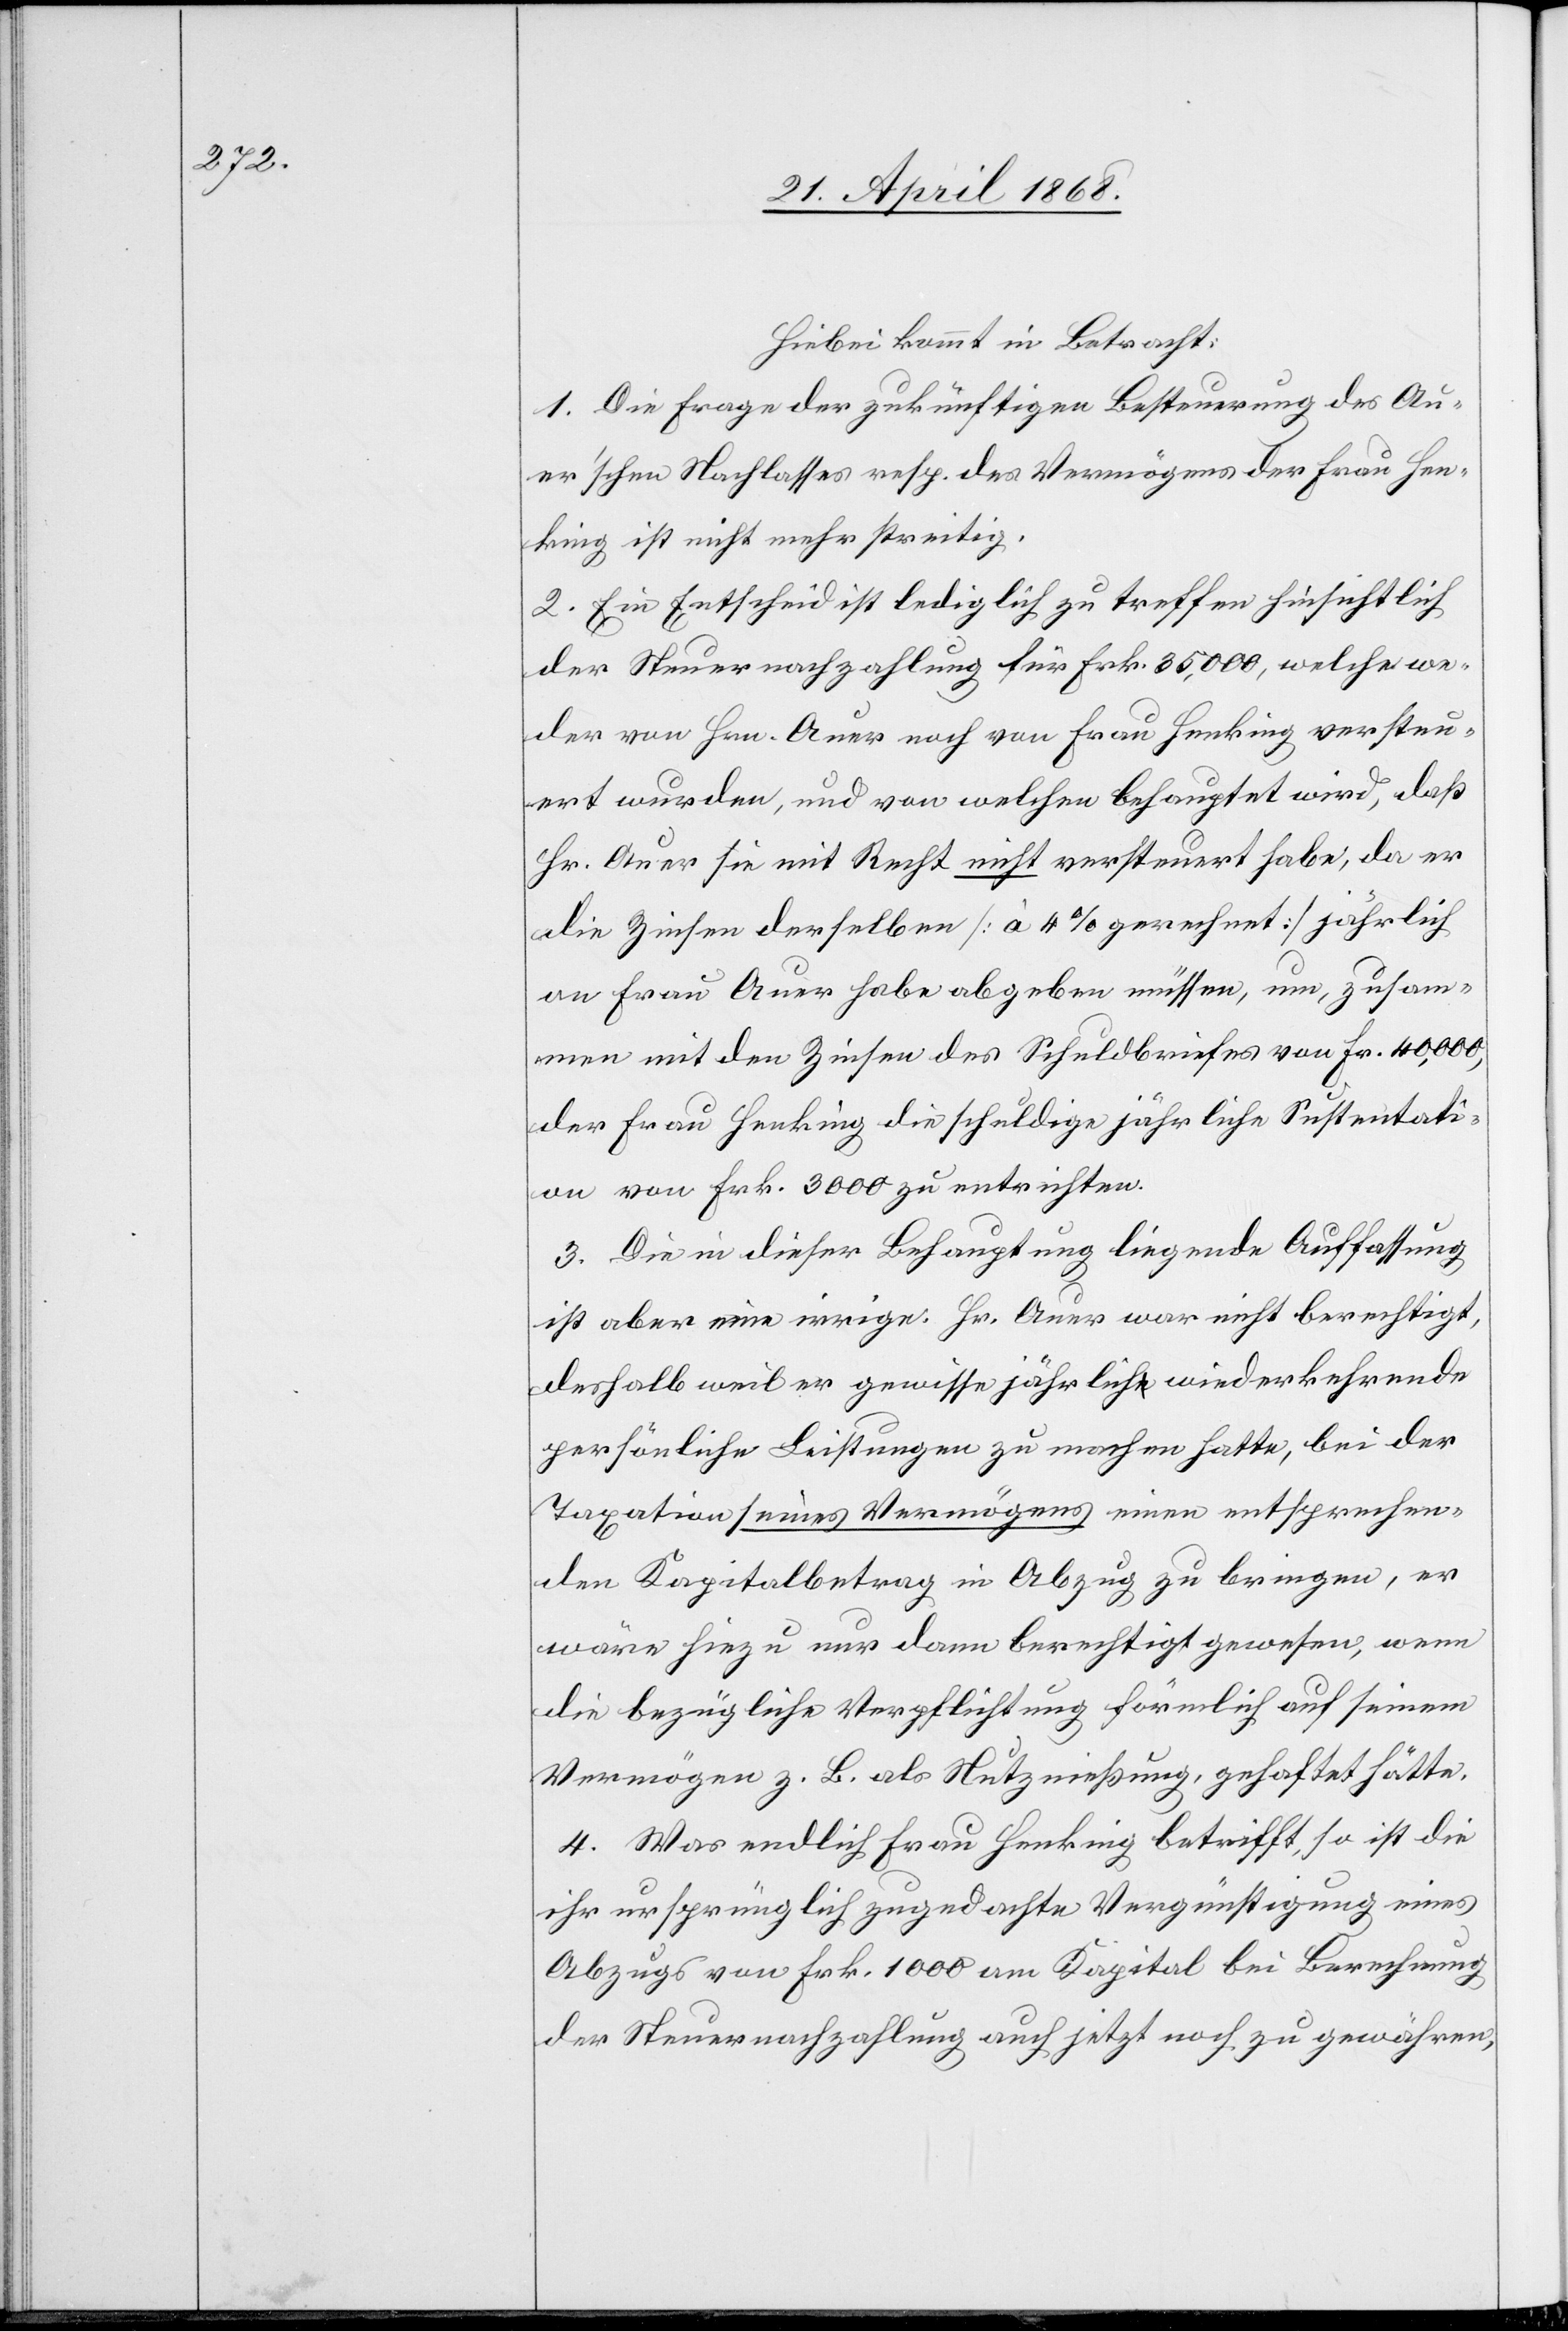
Hiebei kommt in Betracht:
1. Die Frage der zukünftigen Besteuerung des Au¬
er’schen Nachlasses resp. des Vermögens der Frau Hen¬
king ist nicht mehr streitig.
2. Ein Entscheid ist lediglich zu treffen hinsichtlich
der Steuernachzahlung für Frk. 35,000, welche we¬
der von Hrn. Auer noch von Frau Henking versteu¬
ert wurden, und von welchen behauptet wird, daß
Hr. Auer sie mit Recht nicht versteuert habe, da er
die Zinsen derselben [à 4% gerechnet] jährlich
an Frau Auer habe abgeben müssen, um, zusam¬
men mit den Zinsen des Schuldbriefes von Fr. 40,000,
der Frau Henking die schuldige jährliche Sustentati¬
on von Frk. 3000 zu entrichten.
3. Die in dieser Behauptung liegende Auffassung
ist aber eine irrige. Hr. Auer war nicht berechtigt,
deshalb weil er gewisse jährlich wiederkehrende
persönliche Leistungen zu machen hatte, bei der
Taxation seines Vermögens einen entsprechen¬
den Kapitalbetrag in Abzug zu bringen, er
wäre hiezu nur dann berechtigt gewesen, wenn
die bezügliche Verpflichtung förmlich auf seinem
Vermögen z. B. als Nutznießung, gehaftet hätte.
4. Was endlich Frau Henking betrifft, so ist die
ihr ursprünglich zugedachte Vergünstigung eines
Abzugs von Frk. 1000 am Kapital bei Berechnung
der Steuernachzahlung auch jetzt noch zu gewähren,